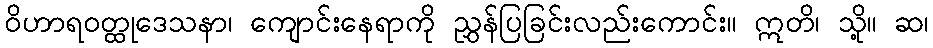
ဝိဟာရဝတ္ထုဒေသနာ၊ ကျောင်းနေရာကို ညွှန်ပြခြင်းလည်းကောင်း။ ဣတိ၊ သို့။ ဆ၊